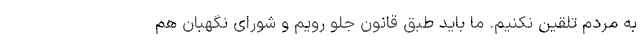
به مردم تلقین نکنیم. ما باید طبق قانون جلو رویم و شورای نگهبان هم